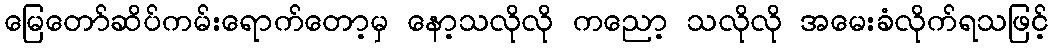
မြေတော်ဆိပ်ကမ်းရောက်တော့မှ နော့သလိုလို ကညော့ သလိုလို အမေးခံလိုက်ရသဖြင့်